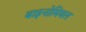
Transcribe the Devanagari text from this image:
बाइनोमियल